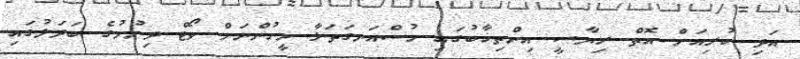
އަދި ކުރިއަށް އޮތް ރިޔާސީ އިންތިޚާބުގައި ހުސްއަނގަތަޅާ މީހުންނަށް ވޯޓް ދިނުމުގެ ބަދަލުގައި